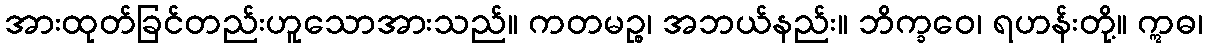
အားထုတ်ခြင်တည်းဟူသောအားသည်။ ကတမဉ္စ၊ အဘယ်နည်း။ ဘိက္ခဝေ၊ ရဟန်းတို့။ ဣဓ၊